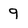
Character: 9